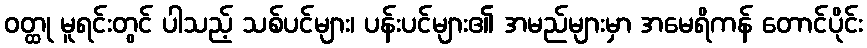
ဝတ္ထု မူရင်းတွင် ပါသည့် သစ်ပင်များ၊ ပန်းပင်များ၏ အမည်များမှာ အမေရိကန် တောင်ပိုင်း